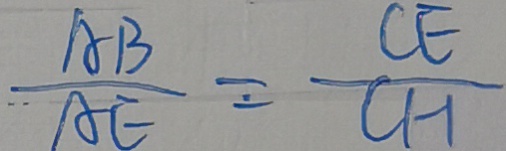
\frac { A B } { A E } = \frac { C E } { C H }